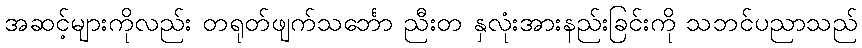
အဆင့်များကိုလည်း တရုတ်ဖျက်သင်္ဘော ညီးတ နှလုံးအားနည်းခြင်းကို သဘင်ပညာသည်